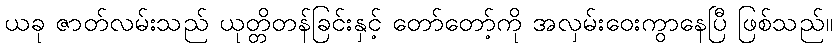
ယခု ဇာတ်လမ်းသည် ယုတ္တိတန်ခြင်းနှင့် တော်တော့်ကို အလှမ်းဝေးကွာနေပြီ ဖြစ်သည်။